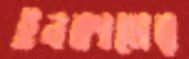
ইনকামের